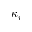
\kappa _ { i }